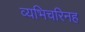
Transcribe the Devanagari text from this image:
व्यभिचरिनह